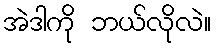
အဲဒါကို ဘယ်လိုလဲ။